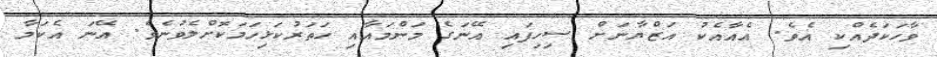
ވާހަކަދެއްކި އެވެ. އެއާއެކު އަޒްޔާނަށް ސިހިފައި އޭނަގެ މަންމައާއި ހަތަރުކަޅިހަމަކޮށްލެވުނެވެ. އޭނަ އެކަމާ